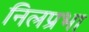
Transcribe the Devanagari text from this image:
निलप्रभा